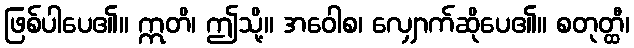
ဖြစ်ပါပေ၏။ ဣတိ၊ ဤသို့။ အဝေါစ၊ လျှောက်ဆိုပေ၏။ စတုတ္ထီ၊